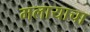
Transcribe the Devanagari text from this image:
मलायाचा